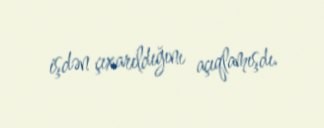
işdən çıxarıldığını açıqlamışdı.